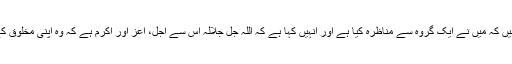
صحیح السند روایت میں منصور بن حازم امام جعفر صادقؑ کی خدمت میں بیان کرتے ہیں کہ میں نے ایک گروہ سے مناظرہ کیا ہے اور انہیں کہا ہے کہ اللہ جل جلالہ اس سے اجلّ، اعزّ اور اکرَم ہے کہ وہ اپنی مخلوق کے ذریعے پہچانا جائے بلکہ بندوں نے اللہ کے ذریعے اس کی معرفت حاصل کی ہے۔